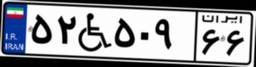
۰۵W۶۴۷۲۳